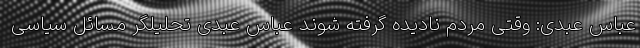
عباس عبدی: وقتی مردم نادیده گرفته شوند عباس عبدی تحلیلگر مسائل سیاسی